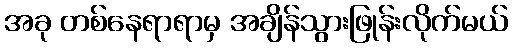
အခု တစ်နေရာရာမှ အချိန်သွားဖြုန်းလိုက်မယ်